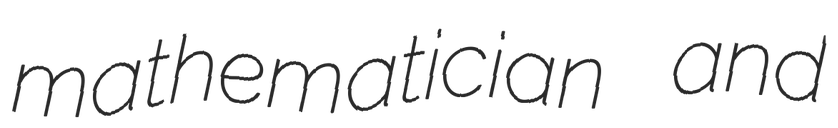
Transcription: mathematician and